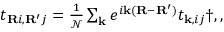
\begin{array} { r } { t _ { \mathbf { R } i , \mathbf { R ^ { \prime } } j } = \frac { 1 } { \mathcal { N } } \sum _ { \mathbf { k } } e ^ { i \mathbf { k } ( \mathbf { R } - \mathbf { R ^ { \prime } } ) } t _ { \mathbf { k } , i j } \dag , , } \end{array}